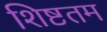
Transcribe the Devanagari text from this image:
शिष्टतम